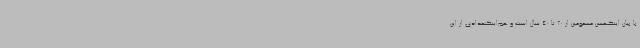
با بیان اینکهسن مسمومین از 20 تا 40 سال است و هم‌اینکتعدادی از این